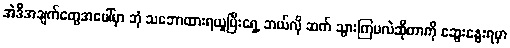
အဲဒီအချက်တွေအပေါ်မှာ ဘုံ သဘောထားရယူပြီးရှေ့ ဘယ်လို ဆက် သွားကြမလဲဆိုတာကို ဆွေးနွေးရမှာ